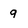
Character: 9